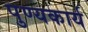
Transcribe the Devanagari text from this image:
पुण्यकार्य